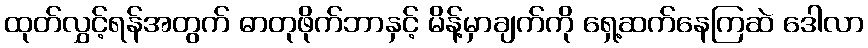
ထုတ်လွှင့်ရန်အတွက် ဓာတုဖိုက်ဘာနှင့် မိန့်မှာချက်ကို ရှေ့ဆက်နေကြဆဲ ဒေါလာ